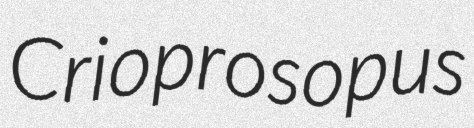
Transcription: Crioprosopus